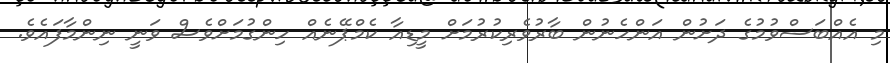
މި އެއްބަސްވުމުގެ ދަށުން އަންހެނުން ބާރުވެރިކުރުމަށް މީޑިއާ ކެމްޕޭނެއް ހިންގުމަށްވެސް ވަނީ ނިންމާފައެވެ.